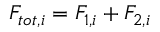
F _ { t o t , i } = F _ { 1 , i } + F _ { 2 , i }